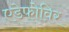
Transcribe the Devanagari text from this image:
एडेफोविर